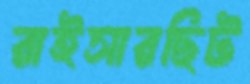
রাইসারছিট